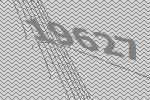
19627